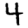
Digit: 4